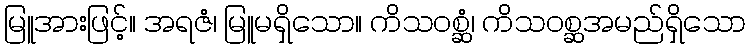
မြူအားဖြင့်။ အရဇံ၊ မြူမရှိသော။ ကိသဝစ္ဆံ၊ ကိသဝစ္ဆအမည်ရှိသော